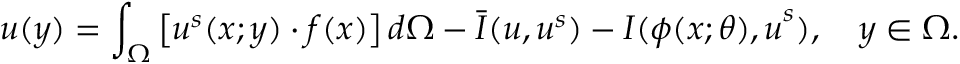
\boldsymbol { u } ( \boldsymbol { y } ) = \int _ { \Omega } \left[ \boldsymbol { u } ^ { s } ( \boldsymbol { x ; y } ) \cdot \boldsymbol { f ( x ) } \right] d \Omega - \bar { \boldsymbol { I } } ( \boldsymbol { u , u } ^ { s } ) - \boldsymbol { I } ( \boldsymbol { \phi ( \boldsymbol { x ; \theta } ) , u } ^ { s } ) , \quad \boldsymbol { y } \in \Omega .